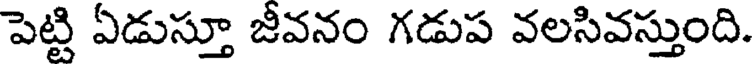
పెట్టి ఏడుస్తూ జీవనం గడుప వలసివస్తుంది.